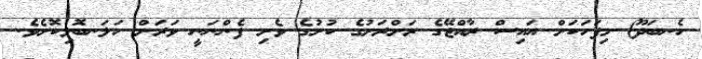
ހެނބަދޫ) މިފަހަކަށް އައިސް ރާއްޖޭގެ ރަށްރަށުގެ ކުށުގެ ވެށި ފެންނަނީ ވަރަށް ހަލަނބޮލިކޮށެވެ.